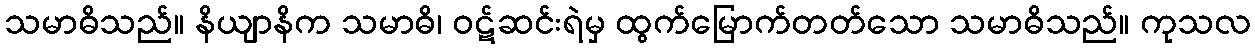
သမာဓိသည်။ နိယျာနိက သမာဓိ၊ ဝဋ်ဆင်းရဲမှ ထွက်မြောက်တတ်သော သမာဓိသည်။ ကုသလ